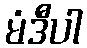
မံဒီပါ